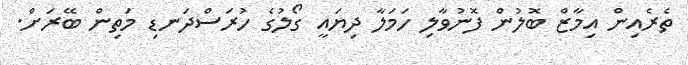
ތެރެއިން އިމާޒް ބޮލުން ފޮނުވާލި ހަމަލާ ދިޔައީ ގޯލުގެ ހުރަސްދަނޑި މަތިން ބޭރަށް.